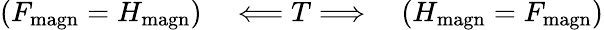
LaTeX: (F_{\mathrm{magn}}=H_{\mathrm{magn}})\quad\Longleftarrow T\Longrightarrow\quad(H_{\mathrm{magn}}=F_{\mathrm{magn}})